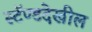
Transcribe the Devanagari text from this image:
स्टॅण्डदेखील